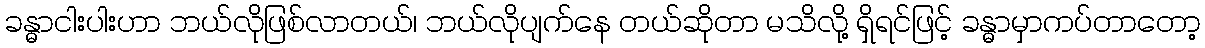
ခန္ဓာငါးပါးဟာ ဘယ်လိုဖြစ်လာတယ်၊ ဘယ်လိုပျက်နေ တယ်ဆိုတာ မသိလို့ ရှိရင်ဖြင့် ခန္ဓာမှာကပ်တာတော့